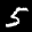
Label: 5